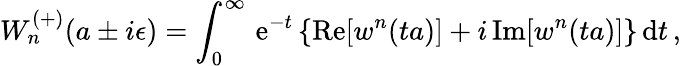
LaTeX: W_{n}^{(+)}(a\pm i\epsilon)=\int_{0}^{\infty}\, \mathrm{e}^{-t}\, \{ \mathrm{Re}[w^{n}(ta)]+i\, \mathrm{Im}[w^{n}(ta)]\} \, \mathrm{d}t\, ,